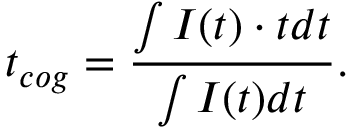
t _ { c o g } = \frac { \int { I ( t ) \cdot t d t } } { \int I ( t ) d t } .